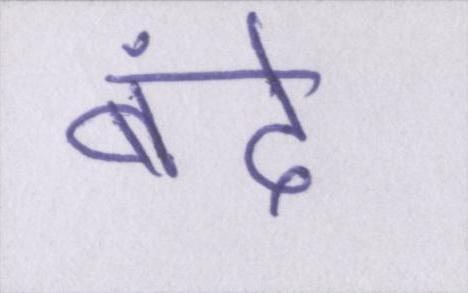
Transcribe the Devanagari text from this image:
बंदे